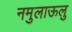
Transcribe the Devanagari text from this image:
नमुलाऊलु